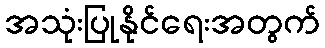
အသုံးပြုနိုင်ရေးအတွက်